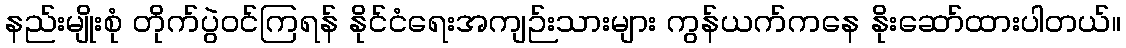
နည်းမျိုးစုံ တိုက်ပွဲဝင်ကြရန် နိုင်ငံရေးအကျဉ်းသားများ ကွန်ယက်ကနေ နိုးဆော်ထားပါတယ်။